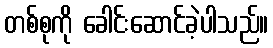
တစ်စုကို ခေါင်းဆောင်ခဲ့ပါသည်။